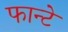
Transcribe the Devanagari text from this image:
फान्टे